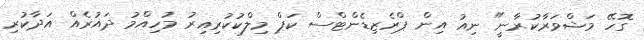
ގޮހޭ މަޝްވަރާކުރާނީ" ނިއު އިން ޕްރެޒިޑެންޓްސް ކަޕް މިލްކުކުރިއިރު މުހިއްމު ދައުރެއް އަދާކުރި